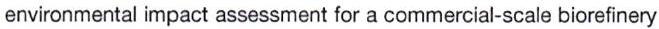
environmental impact assessment for a commercial-scale biorefinery